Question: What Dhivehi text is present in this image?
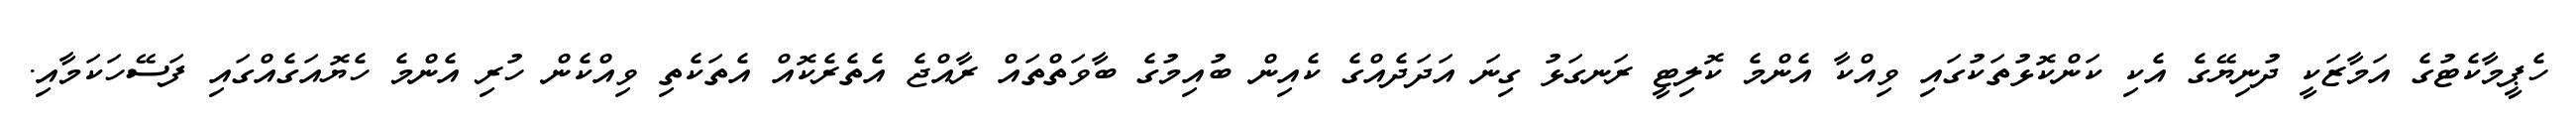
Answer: ހެޕީމާކެޓުގެ އަމާޒަކީ ދުނިޔޭގެ އެކި ކަންކޮޅުތަކުގައި ވިއްކާ އެންމެ ކޮލިޓީ ރަނގަޅު ގިނަ އަދަދެއްގެ ކެއިން ބުއިމުގެ ބާވަތްތައް ރާއްޖެ އެތެރެކޮއް އެތަކެތި ވިއްކެން ހުރި އެންމެ ހެޔޮއަގެއްގައި ފަސޭހަކަމާއި.